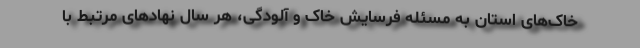
خاک‌های استان به مسئله فرسایش خاک و آلودگی، هر سال نهادهای مرتبط با